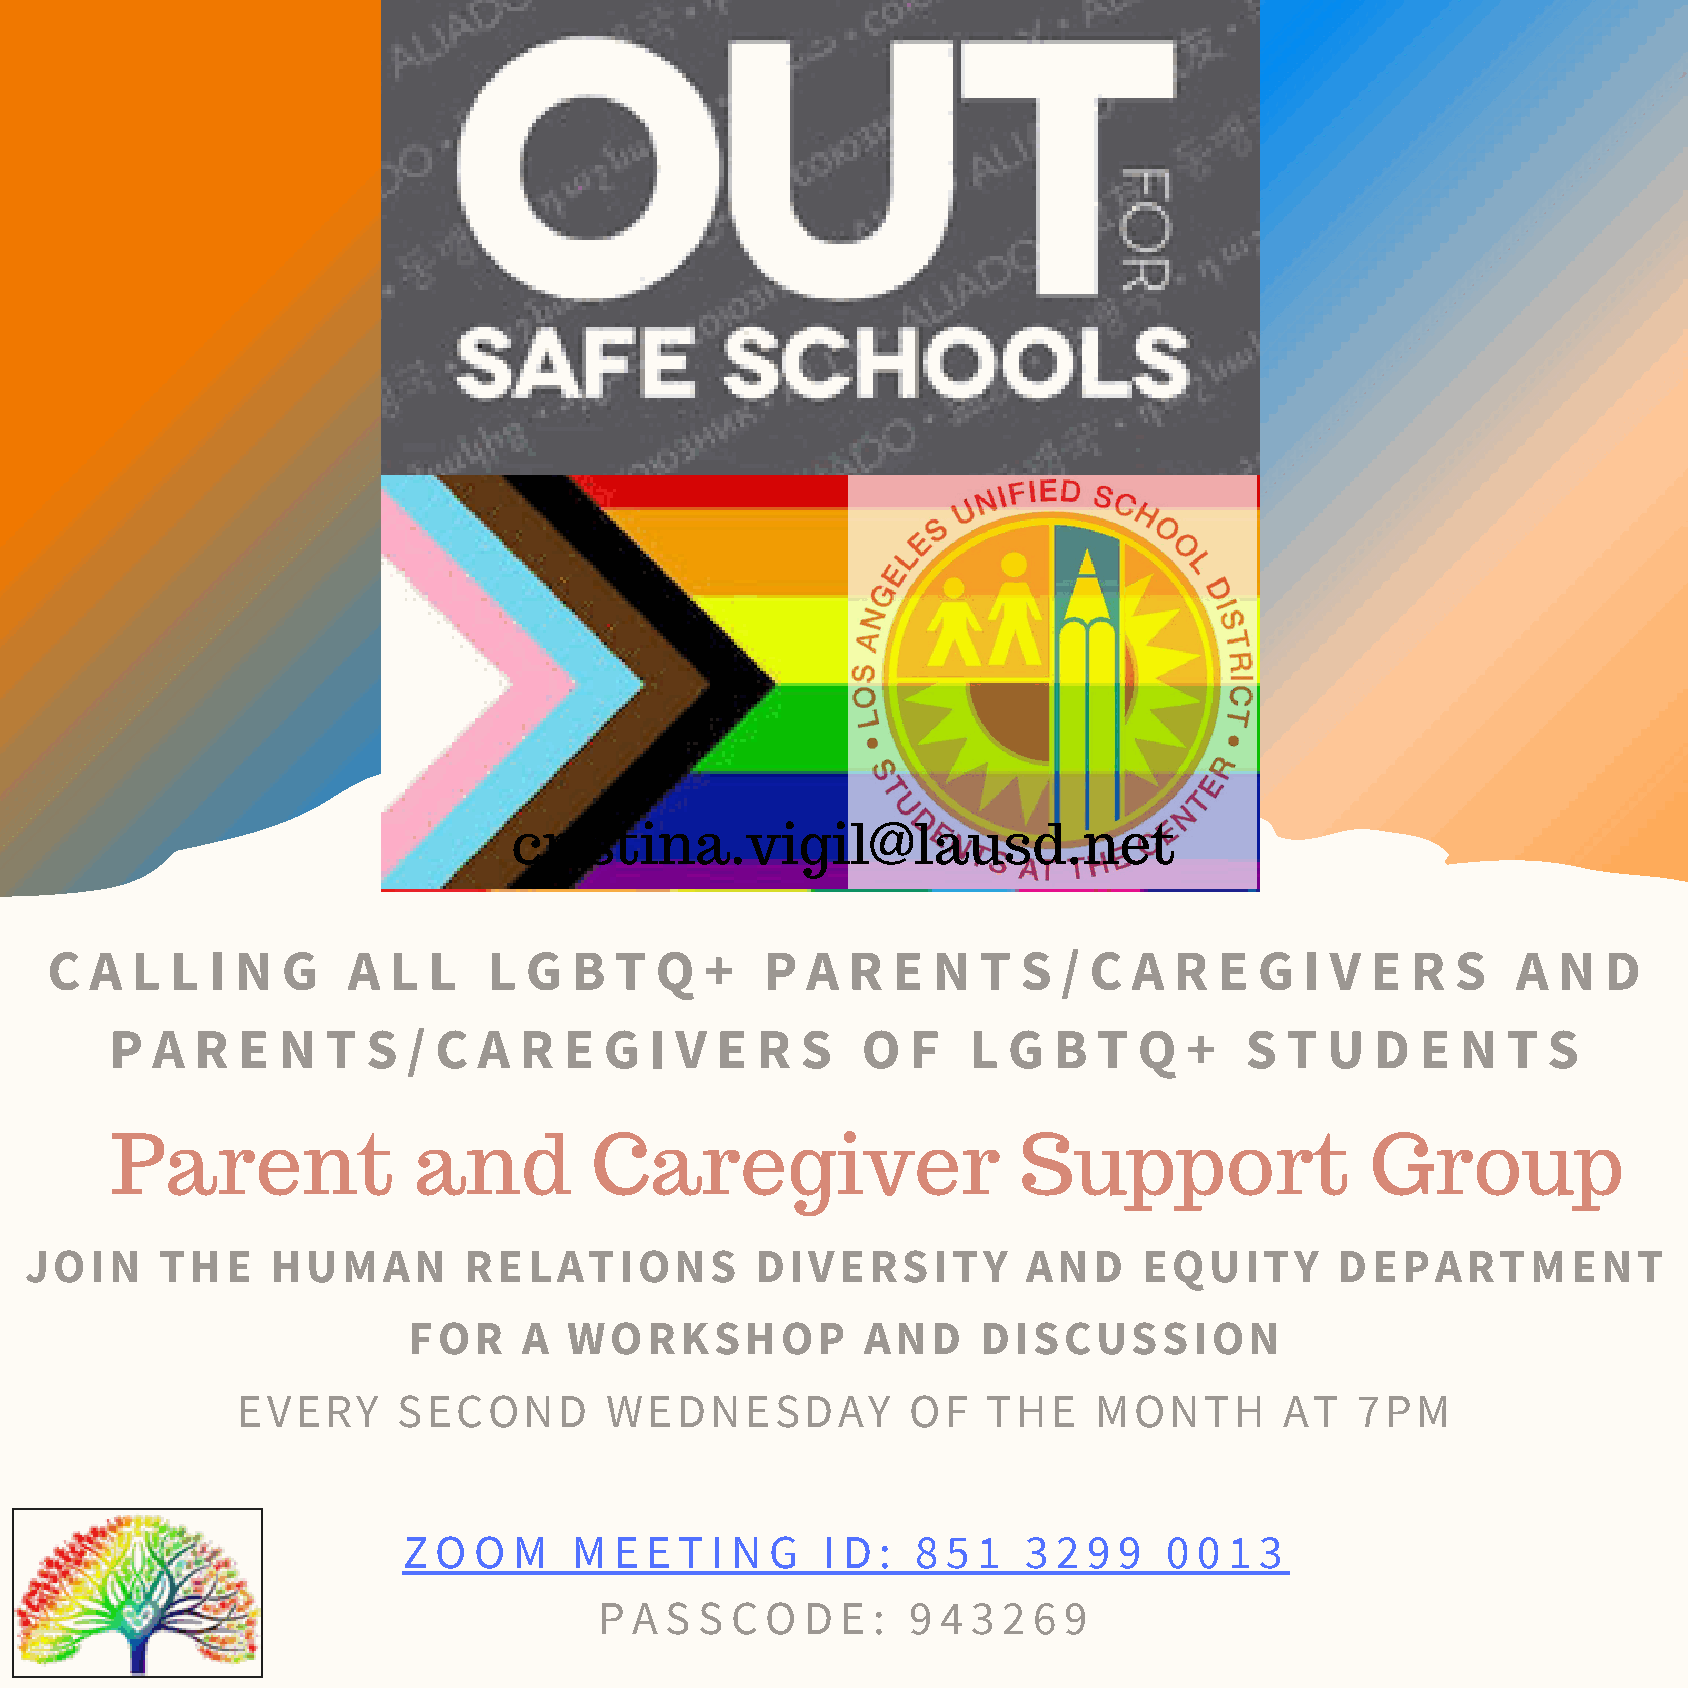
cristina.vigil@lausd.net
 C  A  L L  I N  G   A  L L   L  G  B  T Q   +   P A  R  E  N  T  S / C  A  R  E G  I V  E R  S   A  N  D
 P  A  R  E N   T S  / C  A R  E  G  I V E  R  S   O  F   L  G  B  T Q  +   S  T  U  D  E  N  T S
 Parent              and         Caregiver                   Support                 Group
 JOIN     THE    HUMAN        RELATIONS          DIVERSITY         AND     EQUITY       DEPARTMENT
 FOR     A  WORKSHOP           AND     DISCUSSION
 EVERY     SECOND        WEDNESDAY           OF   THE    MONTH        AT   7PM
 Z O O  M   M  E E T I N G  I D :  8 5 1  3 2 9 9  0 0 1 3
 P A S S C  O D  E : 9 4 3 2 6 9